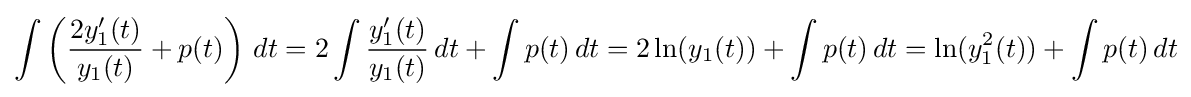
\int \left({\frac {2y_{1}'(t)}{y_{1}(t)}}+p(t)\right)\,dt=2\int {\frac {y_{1}'(t)}{y_{1}(t)}}\,dt+\int p(t)\,dt=2\ln(y_{1}(t))+\int p(t)\,dt=\ln(y_{1}^{2}(t))+\int p(t)\,dt